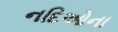
નદિઓના